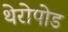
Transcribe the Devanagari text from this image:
थेरोपोड